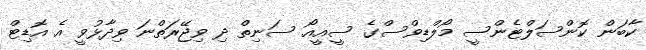
ކާބަން ކޮންސަލްޓެންސީ މޯލްޑިވްސްގެ ސީއީއޯ ސަނިތް ދި ވިޖޭރަތްނަ ވިދާޅުވީ އެ އޮޑިޓް